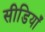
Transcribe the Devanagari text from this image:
सीडियाँ